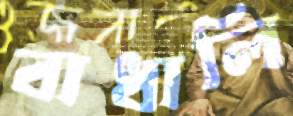
বাধালি